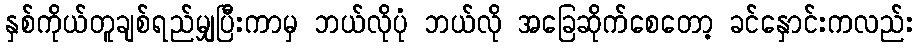
နှစ်ကိုယ်တူချစ်ရည်မျှပြီးကာမှ ဘယ်လိုပုံ ဘယ်လို အခြေဆိုက်စေတော့ ခင်နှောင်းကလည်း